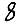
Digit: 8